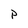
Character: p